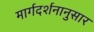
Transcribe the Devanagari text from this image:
मार्गदर्शनानुसार